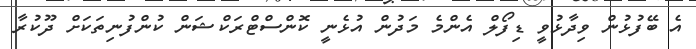
އެ ބޭފުޅުން ވިދާޅުވީ ޑިފޯލް އެންމެ މަދުން އުޅެނީ ކޮންސްޓްރަކްޝަން ކުންފުނިތަކަށް ދޫކުރާ